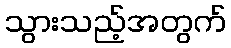
သွားသည့်အတွက်